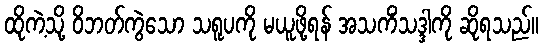
ထိုကဲ့သို့ ဝိဘတ်ကွဲသော သရူပကို မယူဖို့ရန် အသကိံသဒ္ဒါကို ဆိုရသည်။